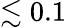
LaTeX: \lesssim 0.1